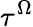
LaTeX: \tau^{\Omega}